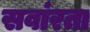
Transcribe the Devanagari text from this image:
सवांरता